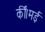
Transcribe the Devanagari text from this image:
कीं।मई